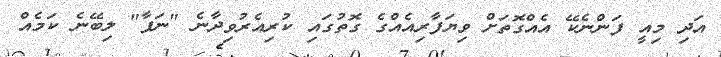
އަދި މިއީ ފަންނެކޭ އެއްގޮތަށް ވިިޔަފާރިއެއްގެ ގޮތުގައި ކުރިއެރުވިދާނެ "ނަފާ" ލިބޭނެ ކަމެއް